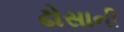
ઢોસાની